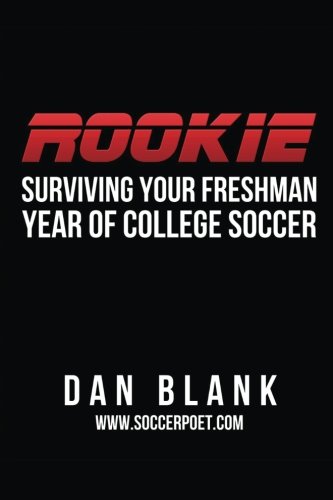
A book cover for Rookie: Surviving Your Freshman Year of College Soccer; Dan Blank; Sports & Outdoors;